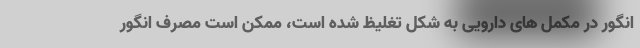
انگور در مکمل های دارویی به شکل تغلیظ شده است، ممکن است مصرف انگور